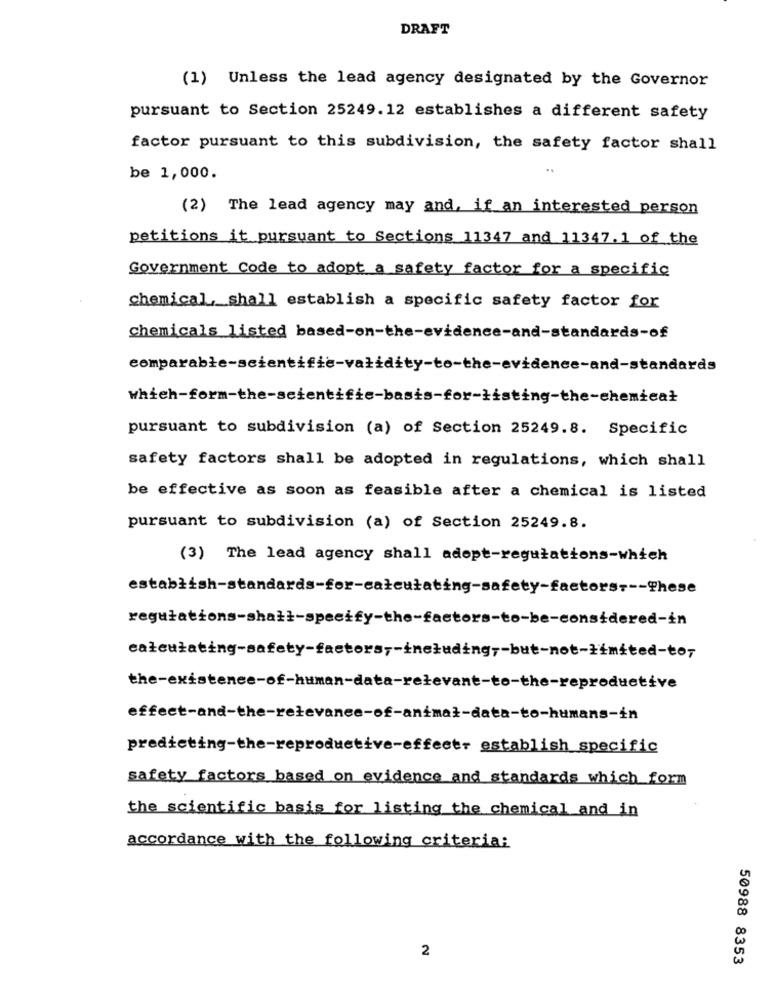
DRAFT
(1) Unless the lead agency designated by the Governor
pursuant to Section 25249.12 establishes a different safety
factor pursuant to this subdivision, the safety factor shall
..
be 1,000.
(2) The lead agency may and, if an interested person
petitions it pursuant to Sections 11347 and 11347.1 of the
Government Code to adopt a safety factor for a specific
chemical ,_ shall establish a specific safety factor for
chemicals listed based-on-the-evidence-and-standards-of
comparable-scientific-validity-to-the-evidence-and-standards
which-form-the-seientifie-basis-for-listing-the-chemieat
pursuant to subdivision (a) of Section 25249.8. Specific
safety factors shall be adopted in regulations, which shall
be effective as soon as feasible after a chemical is listed
pursuant to subdivision (a) of Section 25249.8.
(3) The lead agency shall adopt-regulations-which
establish-standards-for-calculating-safety-factors --- These
calculating-safety-factors ,- including ,- but-not-limited-to,
predicting-the-reproductive-effect- establish_specific
safety factors based on evidence and standards which form
the scientific basis for listing the chemical and in
accordance with the following criteria:
2
50988 8353